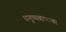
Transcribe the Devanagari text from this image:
धनुष्यबाणाचा